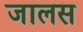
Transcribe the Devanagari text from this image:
जालस